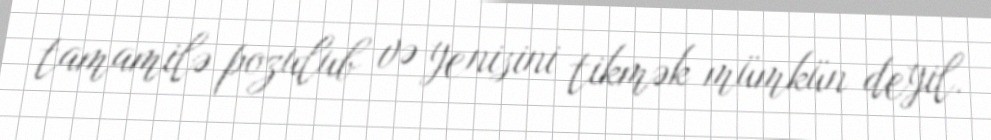
tamamilə pozulub və yenisini tikmək mümkün deyil.